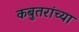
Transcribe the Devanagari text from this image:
कबुतरांच्या